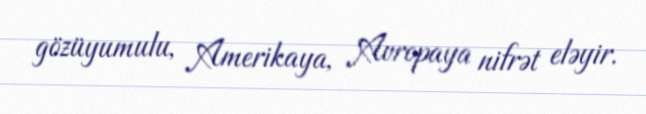
gözüyumulu, Amerikaya, Avropaya nifrət eləyir.